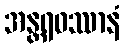
အန္တရဝဿာနံ